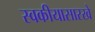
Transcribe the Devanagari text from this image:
स्वकीयासारखे